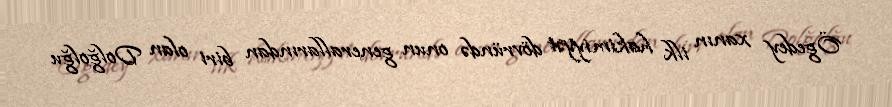
Ögedey xanın ilk hakimiyyət dövründə onun generallarından biri olan Dolğolğu